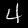
Digit: 4